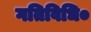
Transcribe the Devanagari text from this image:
गतिविधि०